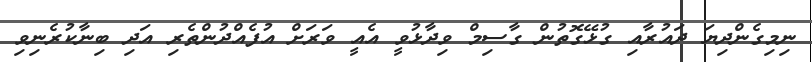
ނިމިގެންދިޔަ ދައުރާއި ގުޅޭގޮތުން ގާސިމް ވިދާޅުވީ އެއީ ވަރަށް އުފެއްދުންތެރި އަދި ބިނާކުރެނިވި